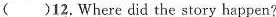
( )12.Where did the story happen?